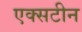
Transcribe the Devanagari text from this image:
एक्सटीन